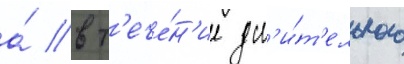
а́ в т'ече́н'ие дл'и́т'ельного